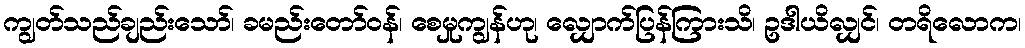
ကျွတ်သည်ချည်းသော်၊ ခမည်းတော်ဝန်၊ စေမှုကျွန်ဟု၊ လျှောက်ပြန်ကြားသိ၊ ဥဒါယိလျှင်၊ တရိလောက၊